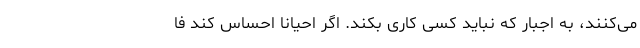
می‌کنند، به اجبار که نباید کسی کاری بکند. اگر احیانا احساس کند فا